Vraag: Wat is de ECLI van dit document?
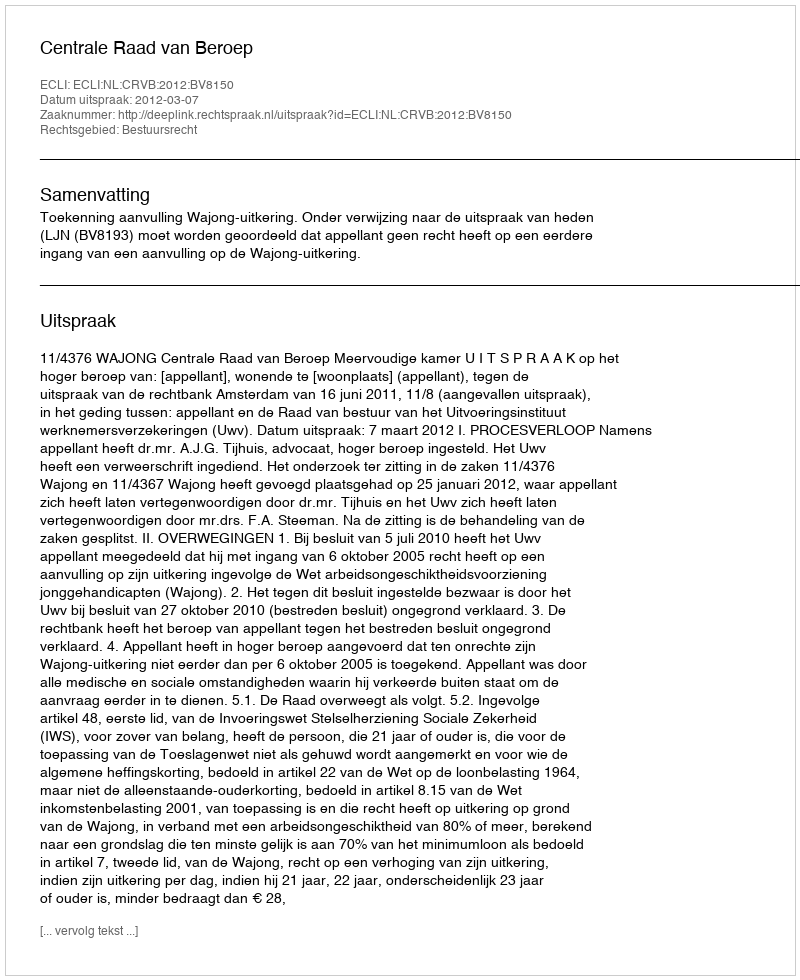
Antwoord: ECLI:NL:CRVB:2012:BV8150